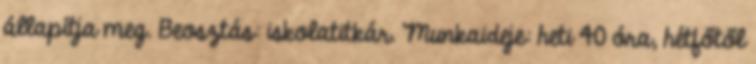
állapítja meg. Beosztás: iskolatitkár. Munkaideje: heti 40 óra, hétfőtől